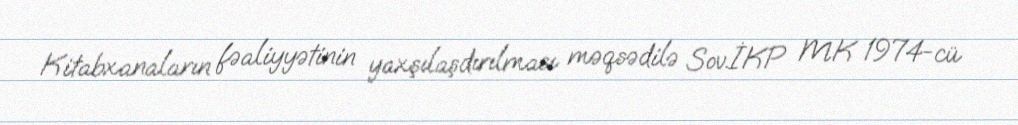
Kitabxanaların fəaliyyətinin yaxşılaşdırılması məqsədilə Sov.İKP MK 1974-cü